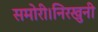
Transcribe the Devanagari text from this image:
समोरी।निरखुनी